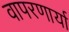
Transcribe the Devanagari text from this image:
वापरणार्या